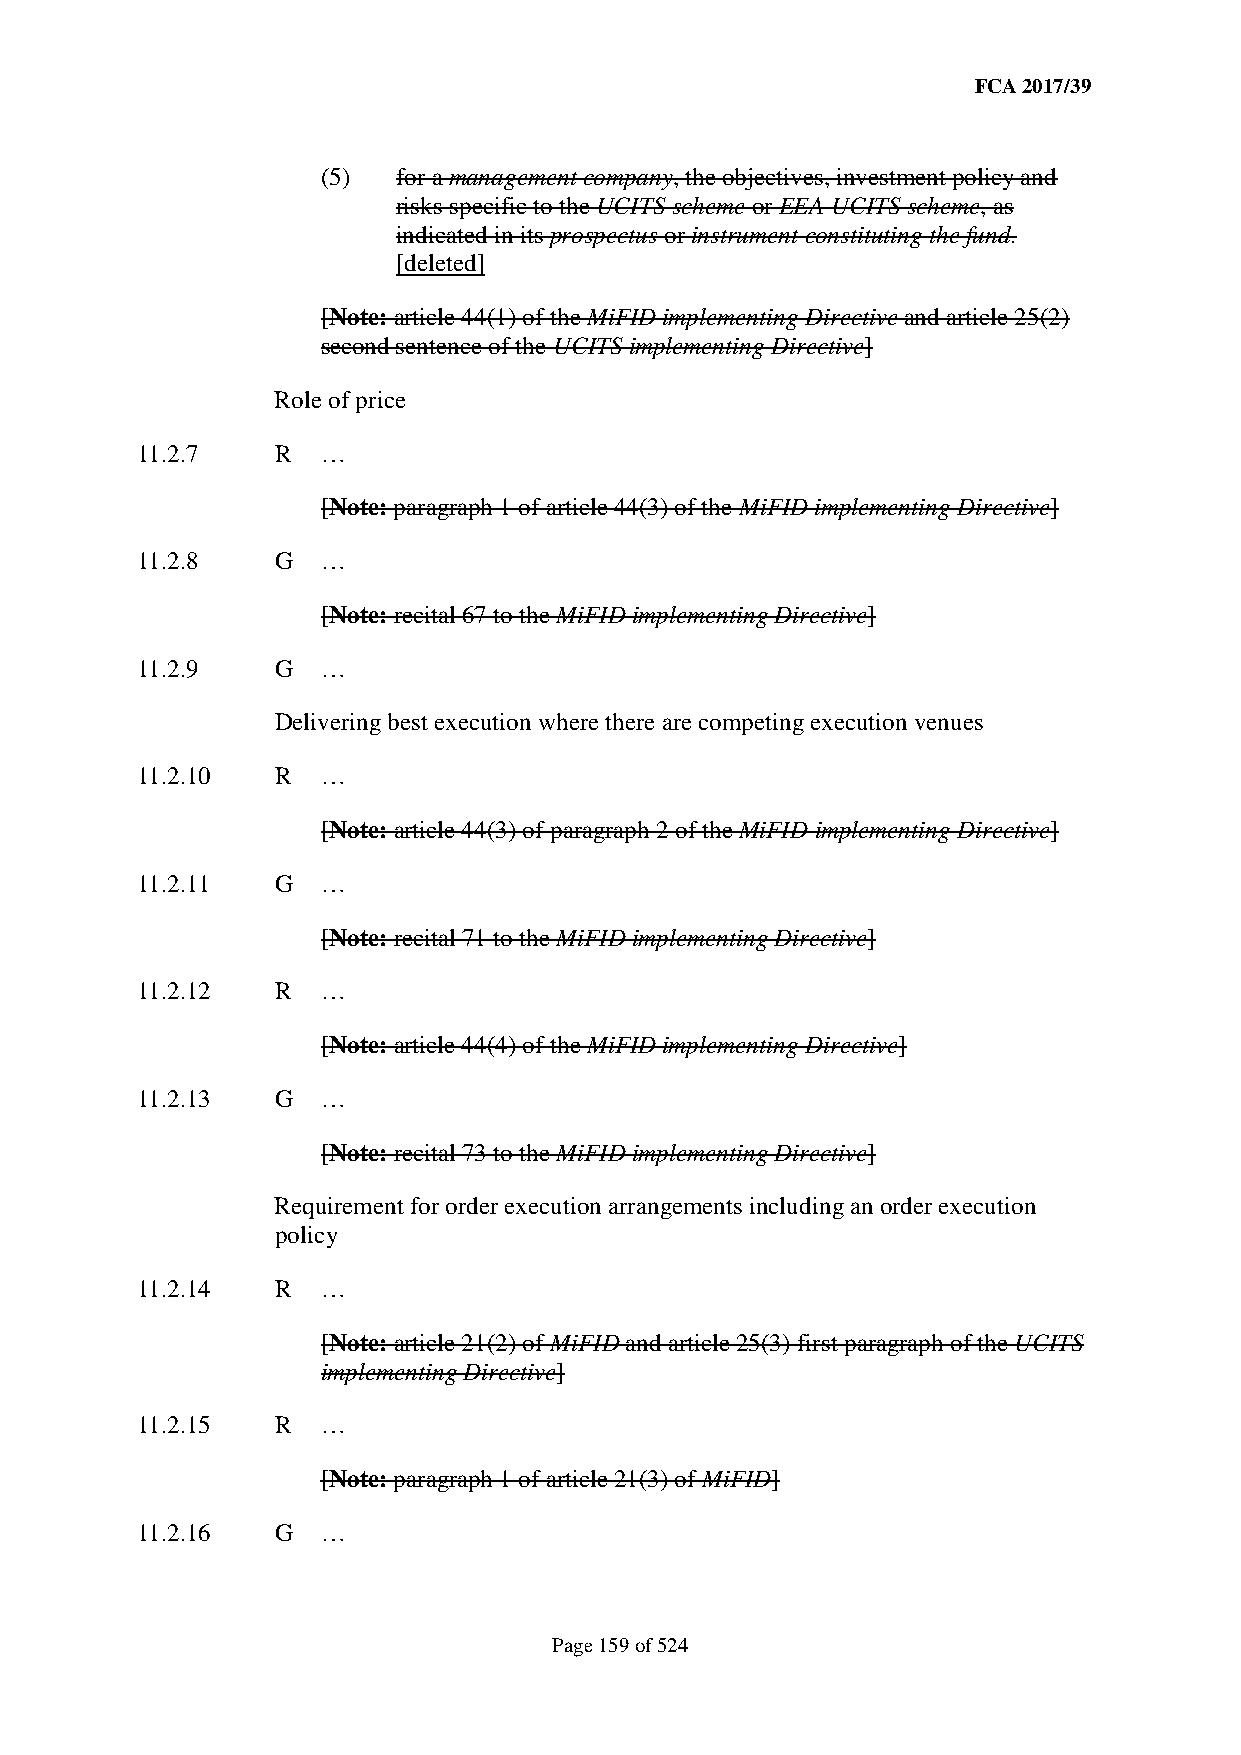
FCA 2017/39
 (5)  for a management company, the objectives, investment policy and
 risks specific to the UCITS scheme or EEA UCITS scheme, as
 indicated in its prospectus or instrument constituting the fund.
 [deleted]
 [Note: article 44(1) of the MiFID implementing Directive and article 25(2)
 second sentence of the UCITS implementing Directive]
 Role of price
 11.2.7   R  …
 [Note: paragraph 1 of article 44(3) of the MiFID implementing Directive]
 11.2.8   G  …
 [Note: recital 67 to the MiFID implementing Directive]
 11.2.9   G  …
 Delivering best execution where there are competing execution venues
 11.2.10  R  …
 [Note: article 44(3) of paragraph 2 of the MiFID implementing Directive]
 11.2.11  G  …
 [Note: recital 71 to the MiFID implementing Directive]
 11.2.12  R  …
 [Note: article 44(4) of the MiFID implementing Directive]
 11.2.13  G  …
 [Note: recital 73 to the MiFID implementing Directive]
 Requirement for order execution arrangements including an order execution
 policy
 11.2.14  R  …
 [Note: article 21(2) of MiFID and article 25(3) first paragraph of the UCITS
 implementing Directive]
 11.2.15  R  …
 [Note: paragraph 1 of article 21(3) of MiFID]
 11.2.16  G  …
 Page 159 of 524